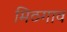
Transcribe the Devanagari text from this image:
मिठगाव